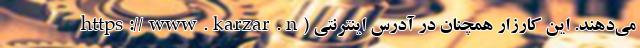
می‌دهند. این کارزار همچنان در آدرس اینترنتی (https://www.karzar.n